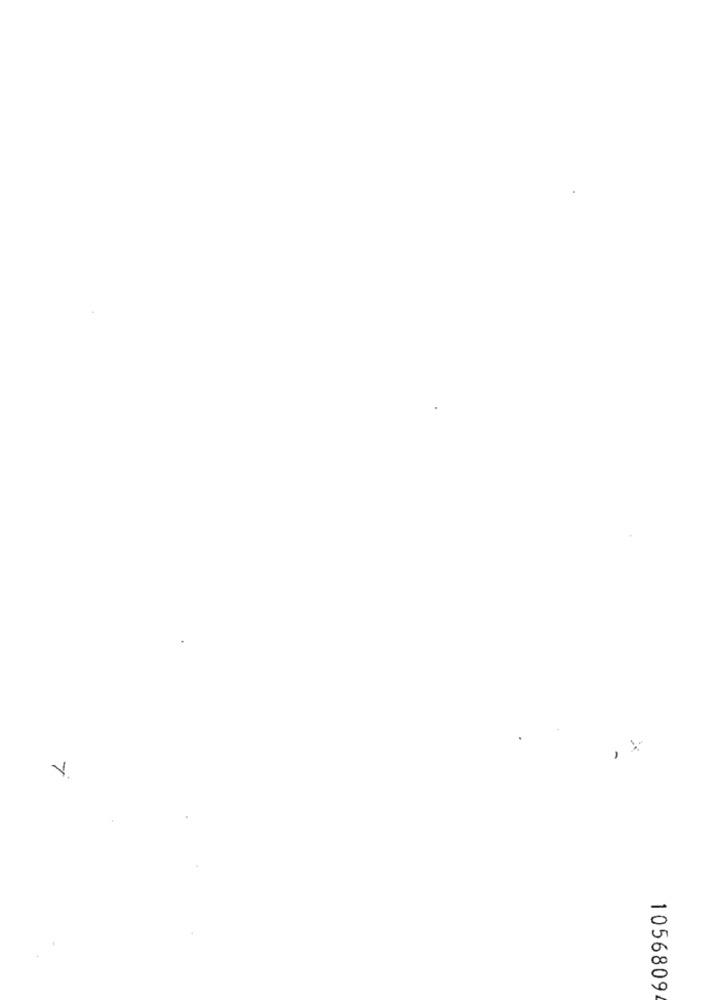
V.
1056809